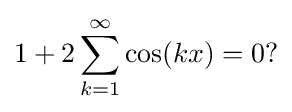
1+2\sum _{k=1}^{\infty }\cos(kx)=0?